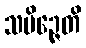
သမိဉ္ဇေတိ